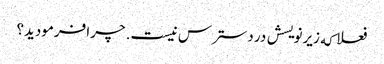
فعلا که زیرنویسش در دسترس نیست. چرا فرمودید؟